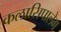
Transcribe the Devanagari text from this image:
कलासिपालेम